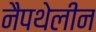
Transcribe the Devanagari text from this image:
नैपथेलीन